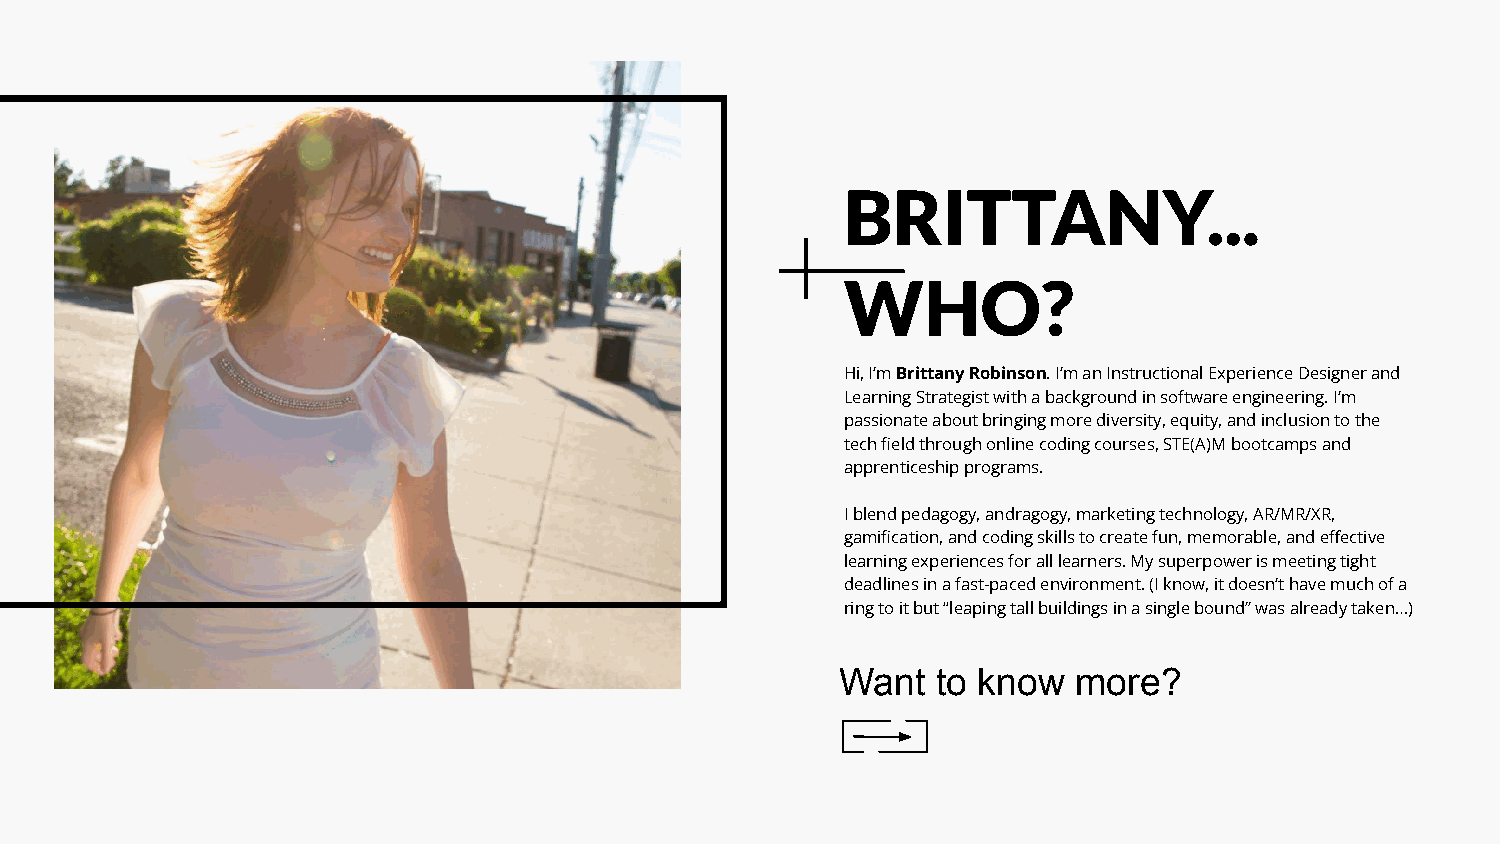
In a world full of Britneys, prepare to meet one Brittany like no
 Brittnie you’ve ever met before.
 Her name is Brittany Robinson. She doesn’t usually talk about herself in third
 person so this is a bit awkward for her. She is, however, a speaker, trainer,
 BRITTANY...
 designer, and published writer with 15+ years experience in the Internet
 Industry. Her superpower is meeting tight deadlines in a fast-paced
 environment. (It doesn’t have a ring to it but “X-Ray Vision” was already
 taken…)
 WHO?
 B
 Hi, I’m Brittany Robinson. I’m an Instructional Experience Designer and
 Learning Strategist with a background in software engineering. I’m
 passionate about bringing more diversity, equity, and inclusion to the
 tech field through online coding courses, STE(A)M bootcamps and
 apprenticeship programs.
 I blend pedagogy, andragogy, marketing technology, AR/MR/XR,
 gamification, and coding skills to create fun, memorable, and effective
 learning experiences for all learners. My superpower is meeting tight
 deadlines in a fast-paced environment. (I know, it doesn’t have much of a
 ring to it but “leaping tall buildings in a single bound” was already taken…)
 Want  to know  more?